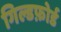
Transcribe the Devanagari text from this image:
गिल्डफ़ोर्ड